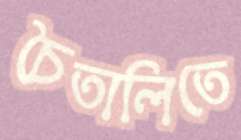
চৈতালিতে